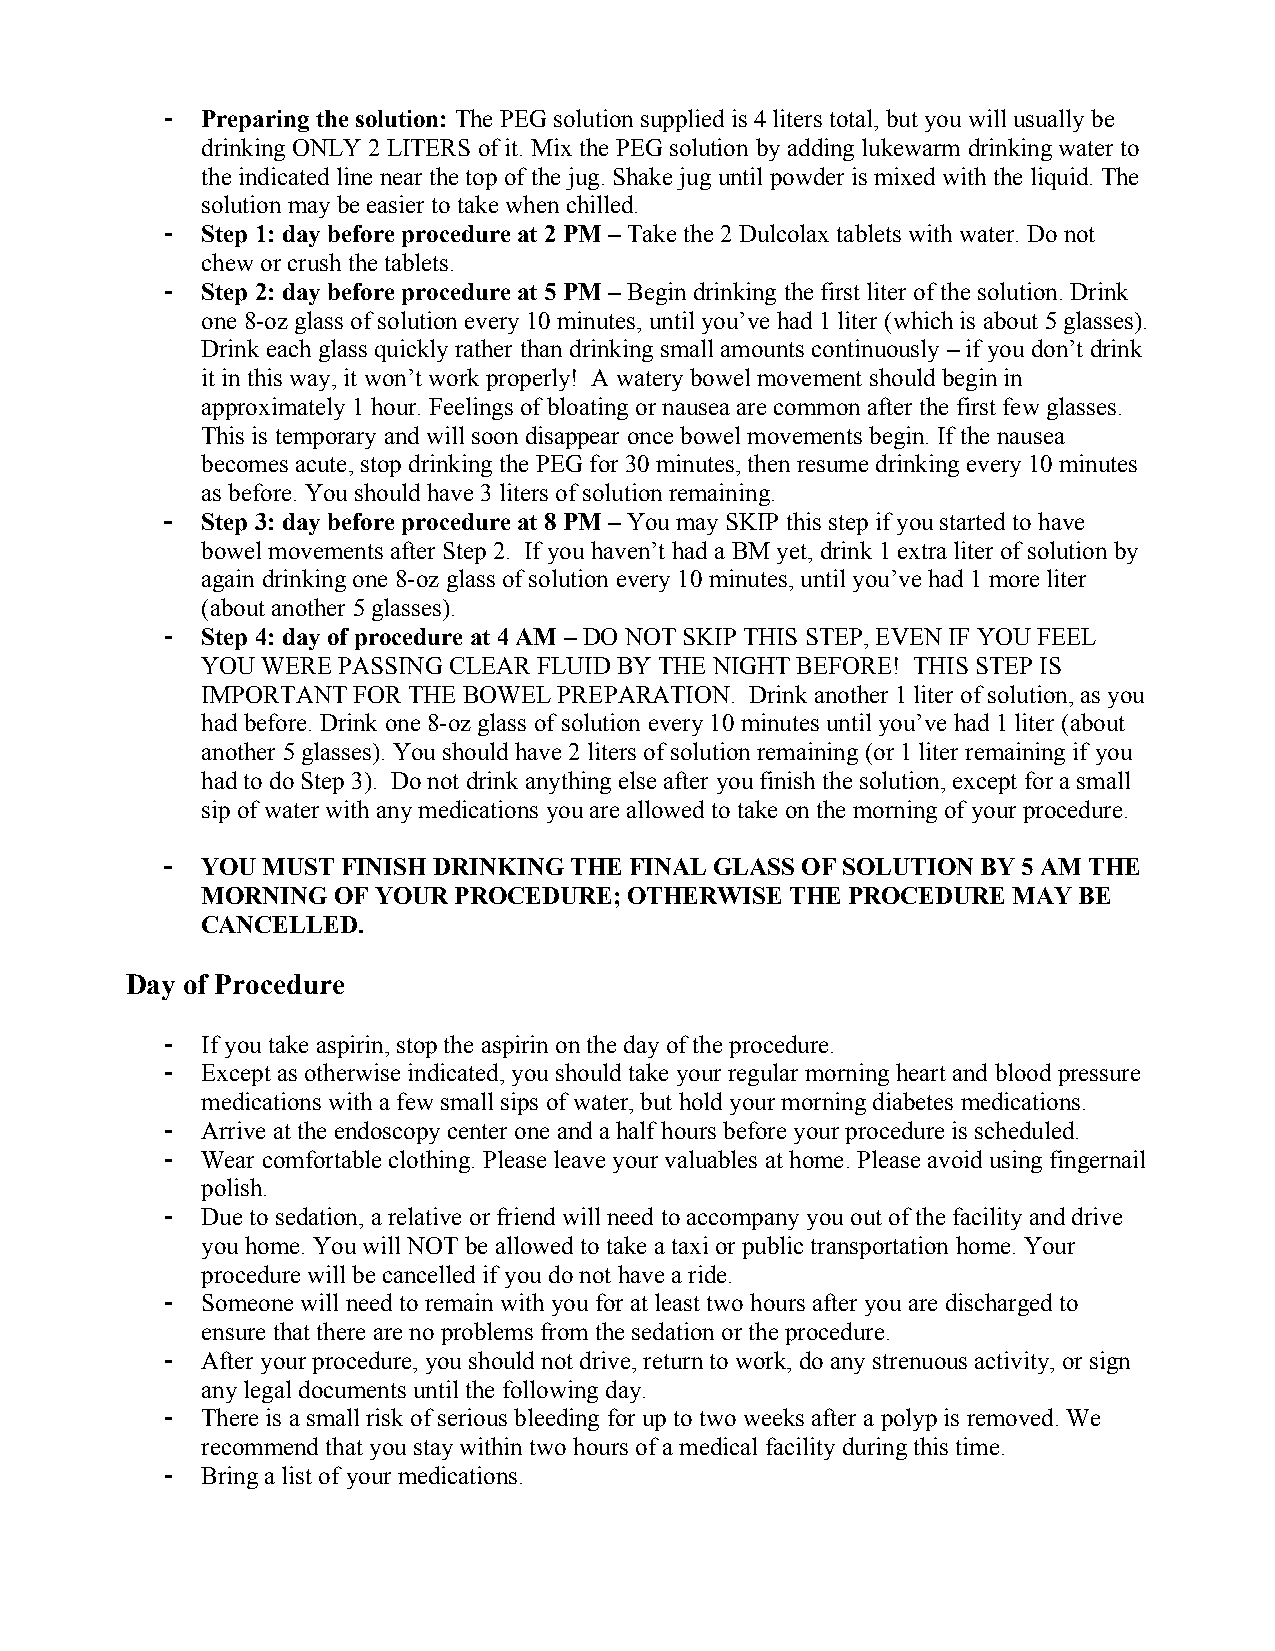
- Preparing the solution: The PEG solution supplied is 4 liters total, but you will usually be
 drinking ONLY 2 LITERS of it. Mix the PEG solution by adding lukewarm drinking water to
 the indicated line near the top of the jug. Shake jug until powder is mixed with the liquid. The
 solution may be easier to take when chilled.
 - Step 1: day before procedure at 2 PM – Take the 2 Dulcolax tablets with water. Do not
 chew or crush the tablets.
 - Step 2: day before procedure at 5 PM – Begin drinking the first liter of the solution. Drink
 one 8-oz glass of solution every 10 minutes, until you’ve had 1 liter (which is about 5 glasses).
 Drink each glass quickly rather than drinking small amounts continuously – if you don’t drink
 it in this way, it won’t work properly! A watery bowel movement should begin in
 approximately 1 hour. Feelings of bloating or nausea are common after the first few glasses.
 This is temporary and will soon disappear once bowel movements begin. If the nausea
 becomes acute, stop drinking the PEG for 30 minutes, then resume drinking every 10 minutes
 as before. You should have 3 liters of solution remaining.
 - Step 3: day before procedure at 8 PM – You may SKIP this step if you started to have
 bowel movements after Step 2. If you haven’t had a BM yet, drink 1 extra liter of solution by
 again drinking one 8-oz glass of solution every 10 minutes, until you’ve had 1 more liter
 (about another 5 glasses).
 - Step 4: day of procedure at 4 AM – DO NOT SKIP THIS STEP, EVEN IF YOU FEEL
 YOU WERE PASSING CLEAR FLUID BY THE NIGHT BEFORE! THIS STEP IS
 IMPORTANT FOR THE BOWEL PREPARATION. Drink another 1 liter of solution, as you
 had before. Drink one 8-oz glass of solution every 10 minutes until you’ve had 1 liter (about
 another 5 glasses). You should have 2 liters of solution remaining (or 1 liter remaining if you
 had to do Step 3). Do not drink anything else after you finish the solution, except for a small
 sip of water with any medications you are allowed to take on the morning of your procedure.
 - YOU MUST  FINISH DRINKING THE FINAL GLASS OF SOLUTION BY 5 AM THE
 MORNING  OF YOUR PROCEDURE;  OTHERWISE THE PROCEDURE  MAY BE
 CANCELLED.
 Day of Procedure
 - If you take aspirin, stop the aspirin on the day of the procedure.
 - Except as otherwise indicated, you should take your regular morning heart and blood pressure
 medications with a few small sips of water, but hold your morning diabetes medications.
 - Arrive at the endoscopy center one and a half hours before your procedure is scheduled.
 - Wear comfortable clothing. Please leave your valuables at home. Please avoid using fingernail
 polish.
 - Due to sedation, a relative or friend will need to accompany you out of the facility and drive
 you home. You will NOT be allowed to take a taxi or public transportation home. Your
 procedure will be cancelled if you do not have a ride.
 - Someone will need to remain with you for at least two hours after you are discharged to
 ensure that there are no problems from the sedation or the procedure.
 - After your procedure, you should not drive, return to work, do any strenuous activity, or sign
 any legal documents until the following day.
 - There is a small risk of serious bleeding for up to two weeks after a polyp is removed. We
 recommend that you stay within two hours of a medical facility during this time.
 - Bring a list of your medications.